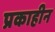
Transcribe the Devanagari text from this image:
प्रकाहीन